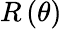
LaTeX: R\left(\theta\right)